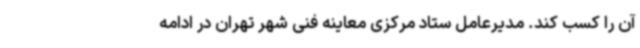
آن را کسب کند. مدیرعامل ستاد مرکزی معاینه فنی شهر تهران در ادامه